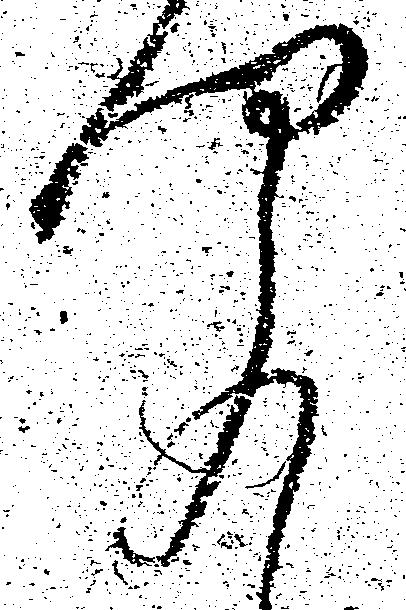
聞